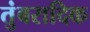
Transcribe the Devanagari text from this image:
तुंबरादिक